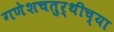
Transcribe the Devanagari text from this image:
गणेशचतुर्थीच्या